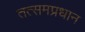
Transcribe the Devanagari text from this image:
तत्समप्रधान